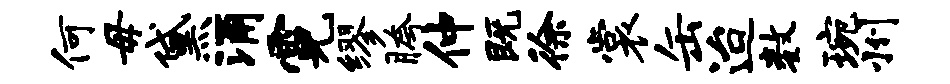
何毋黛涌霓缪胯仲既徐裳缶迨数琬州